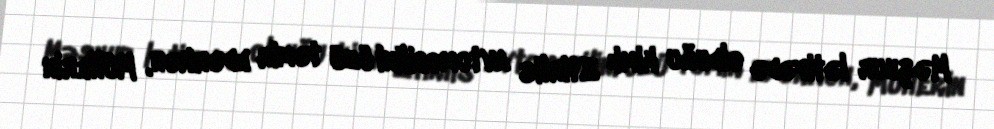
Məşhur lətifədə olduğu kimi: Stirlis avtomobilini özü təmir edərkən, Müllerin